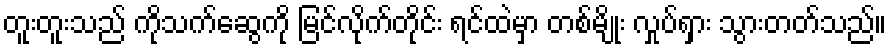
တူးတူးသည် ကိုသက်ဆွေကို မြင်လိုက်တိုင်း ရင်ထဲမှာ တစ်မျိုး လှုပ်ရှား သွားတတ်သည်။